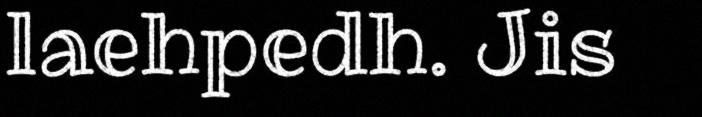
laehpedh. Jis